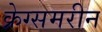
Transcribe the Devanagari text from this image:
क्रेग्समरीन